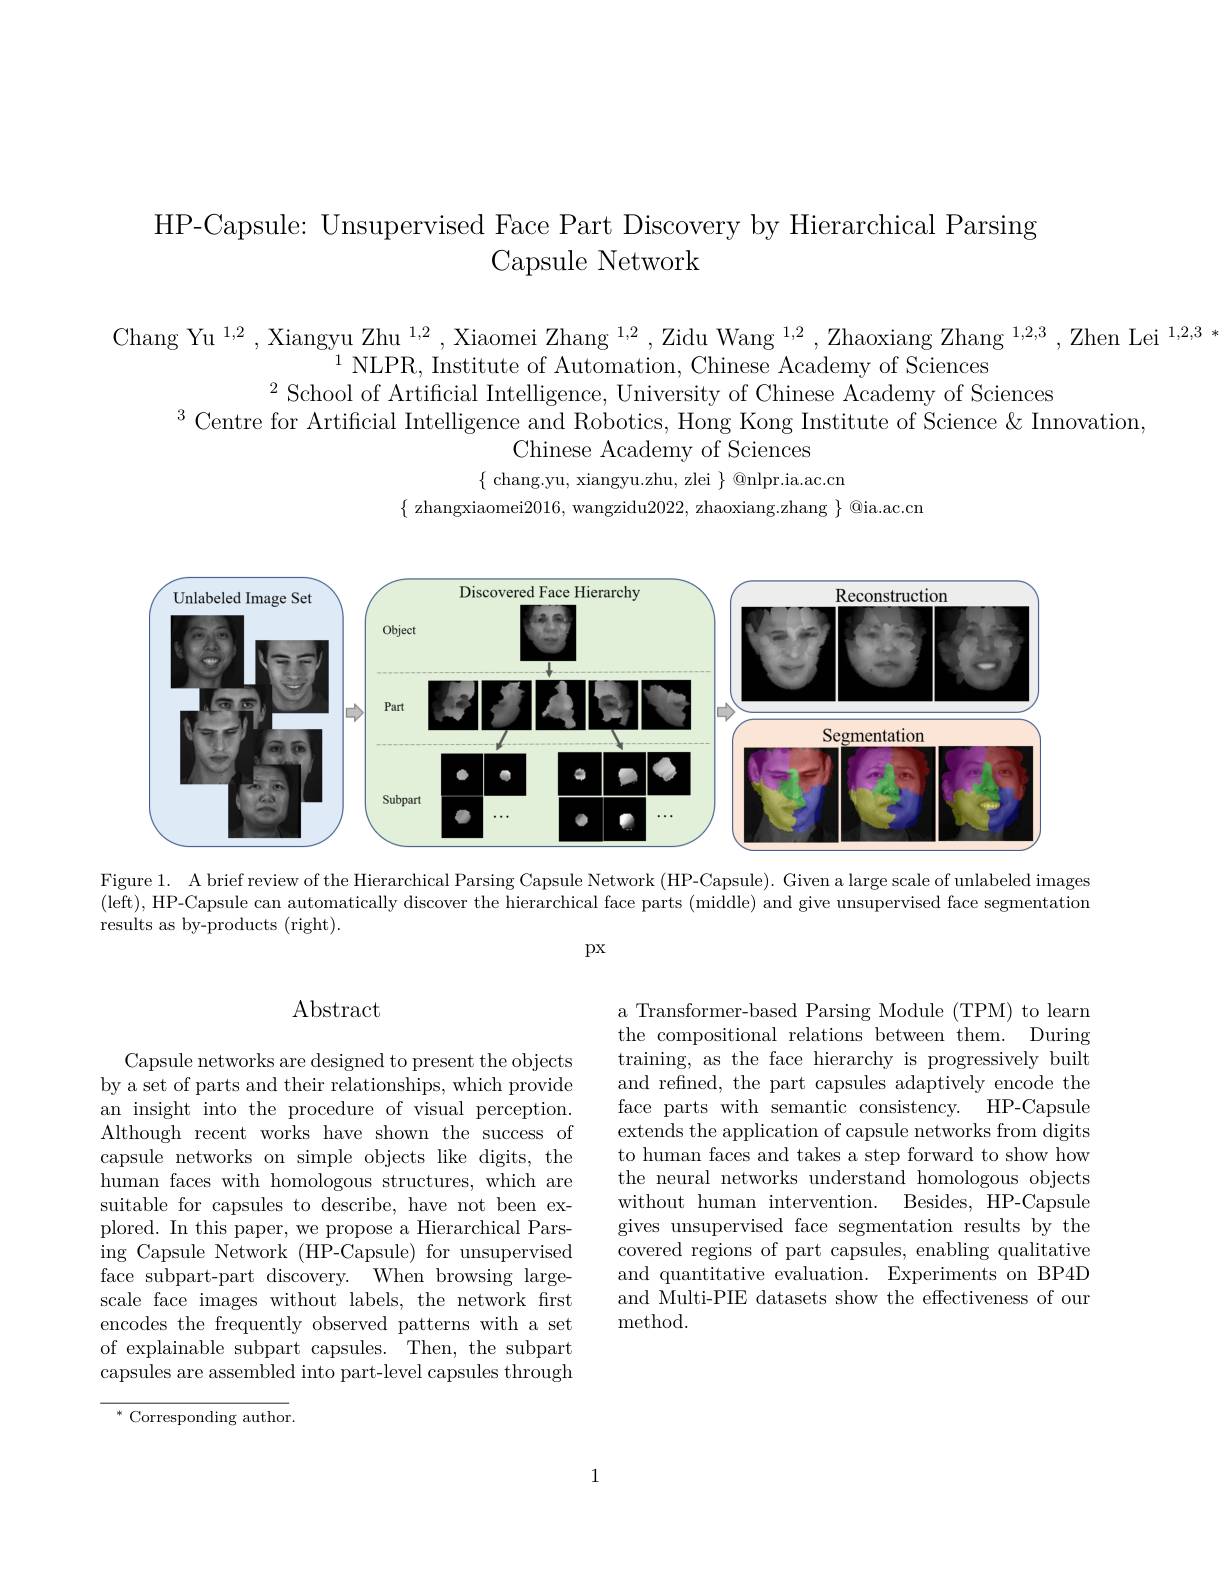
HP-Capsule: Unsupervised Face Part Discovery by Hierarchical Parsing
Capsule Network

Chang Yu $^1,2$, Xiangyu Zhu $^1,2$, Xiaomei Zhang $^1,2$, Zidu Wang $^1,2$, Zhaoxiang Zhang $^{1,2,3}$, Zhen Lei$^{1,2,3}*$
$^{1}$NLPR, Institute of Automation, Chinese Academy of Sciences
$^{2}$School of Artificial Intelligence, University of Chinese Academy of Sciences
$^{3}$Centre for Artificial Intelligence and Robotics, Hong Kong Institute of Science& Innovation,
Chinese Academy of Sciences
$\{$ chang.yu, xiangyu.zhu, zlei $\}$ @nlpr.ia.ac.cn
$\{$ zhangxiaomei2016, wangzidu2022, zhaoxiang.zhang $\}$ @ia.ac.cn

<FigureHere>

Figure 1. A brief review of the Hierarchical Parsing Capsule Network (HP-Capsule). Given a large scale of unlabeled images (left), HP-Capsule can automatically discover the hierarchical face parts (middle) and give unsupervised face segmentation results as by-products (right).

px

# Abstract

a Transformer-based Parsing Module (TPM) to learn the compositional relations between them. During training, as the face hierarchy is progressively built and refined, the part capsules adaptively encode the face parts with semantic consistency. HP-Capsule extends the application of capsule networks from digits to human faces and takes a step forward to show how the neural networks understand homologous objects without human intervention. Besides, HP-Capsule gives unsupervised face segmentation results by the covered regions of part capsules, enabling qualitative and quantitative evaluation. Experiments on BP4D and Multi-PIE datasets show the effectiveness of our method.

Capsule networks are designed to present the objects by a set of parts and their relationships, which provide an insight into the procedure of visual perception. Although recent works have shown the success of capsule networks on simple objects like digits, the human faces with homologous structures, which are suitable for capsules to describe, have not been explored. In this paper, we propose a Hierarchical Parsing Capsule Network (HP-Capsule) for unsupervised face subpart-part discovery. When browsing largescale face images without labels, the network first encodes the frequently observed patterns with a set of explainable subpart capsules. Then, the subpart capsules are assembled into part-level capsules through

$^*$ Corresponding author.